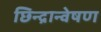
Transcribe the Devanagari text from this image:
छिन्द्रान्वेषण